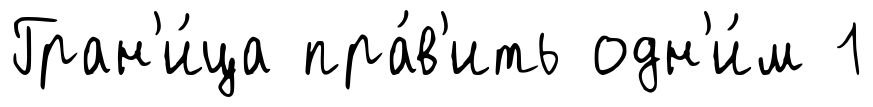
Гран'и́ца пра́в'ить одн'и́м 1